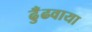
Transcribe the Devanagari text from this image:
ढुँढवाया